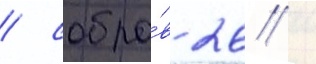
/ собра́в 26 /